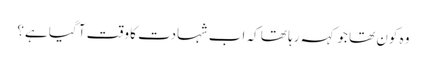
وہ کون تھا جو کہہ رہا تھا کہ اب شہادت کا وقت آ گیا ہے؟